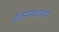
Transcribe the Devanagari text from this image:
बंकरमधल्या